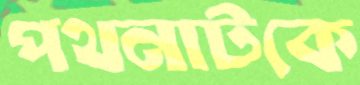
পথনাটকে